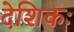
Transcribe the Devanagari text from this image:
देशिकः